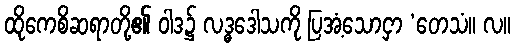
ထိုကေစိဆရာတို့၏ ဝါဒ၌ လဒ္ဓဒေါသကို ပြအံ့သောငှာ ‘တေသံ။ လ။